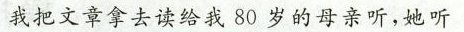
我把文章拿去读给我80岁的母亲听，她听